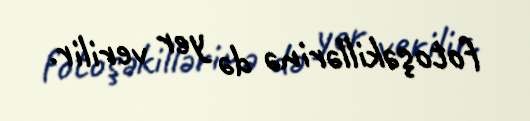
fotoşəkillərinə də yer verilir.